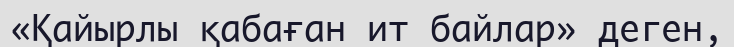
«Қайырлы қабаған ит байлар» деген,